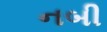
નબી